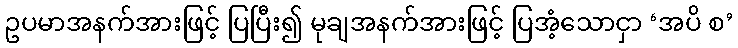
ဥပမာအနက်အားဖြင့် ပြပြီး၍ မုချအနက်အားဖြင့် ပြအံ့သောငှာ ‘အပိ စ’